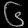
Digit: ၆